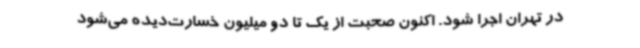
در تهران اجرا شود. اکنون صحبت از یک تا دو میلیون خسارت‌دیده می‌شود